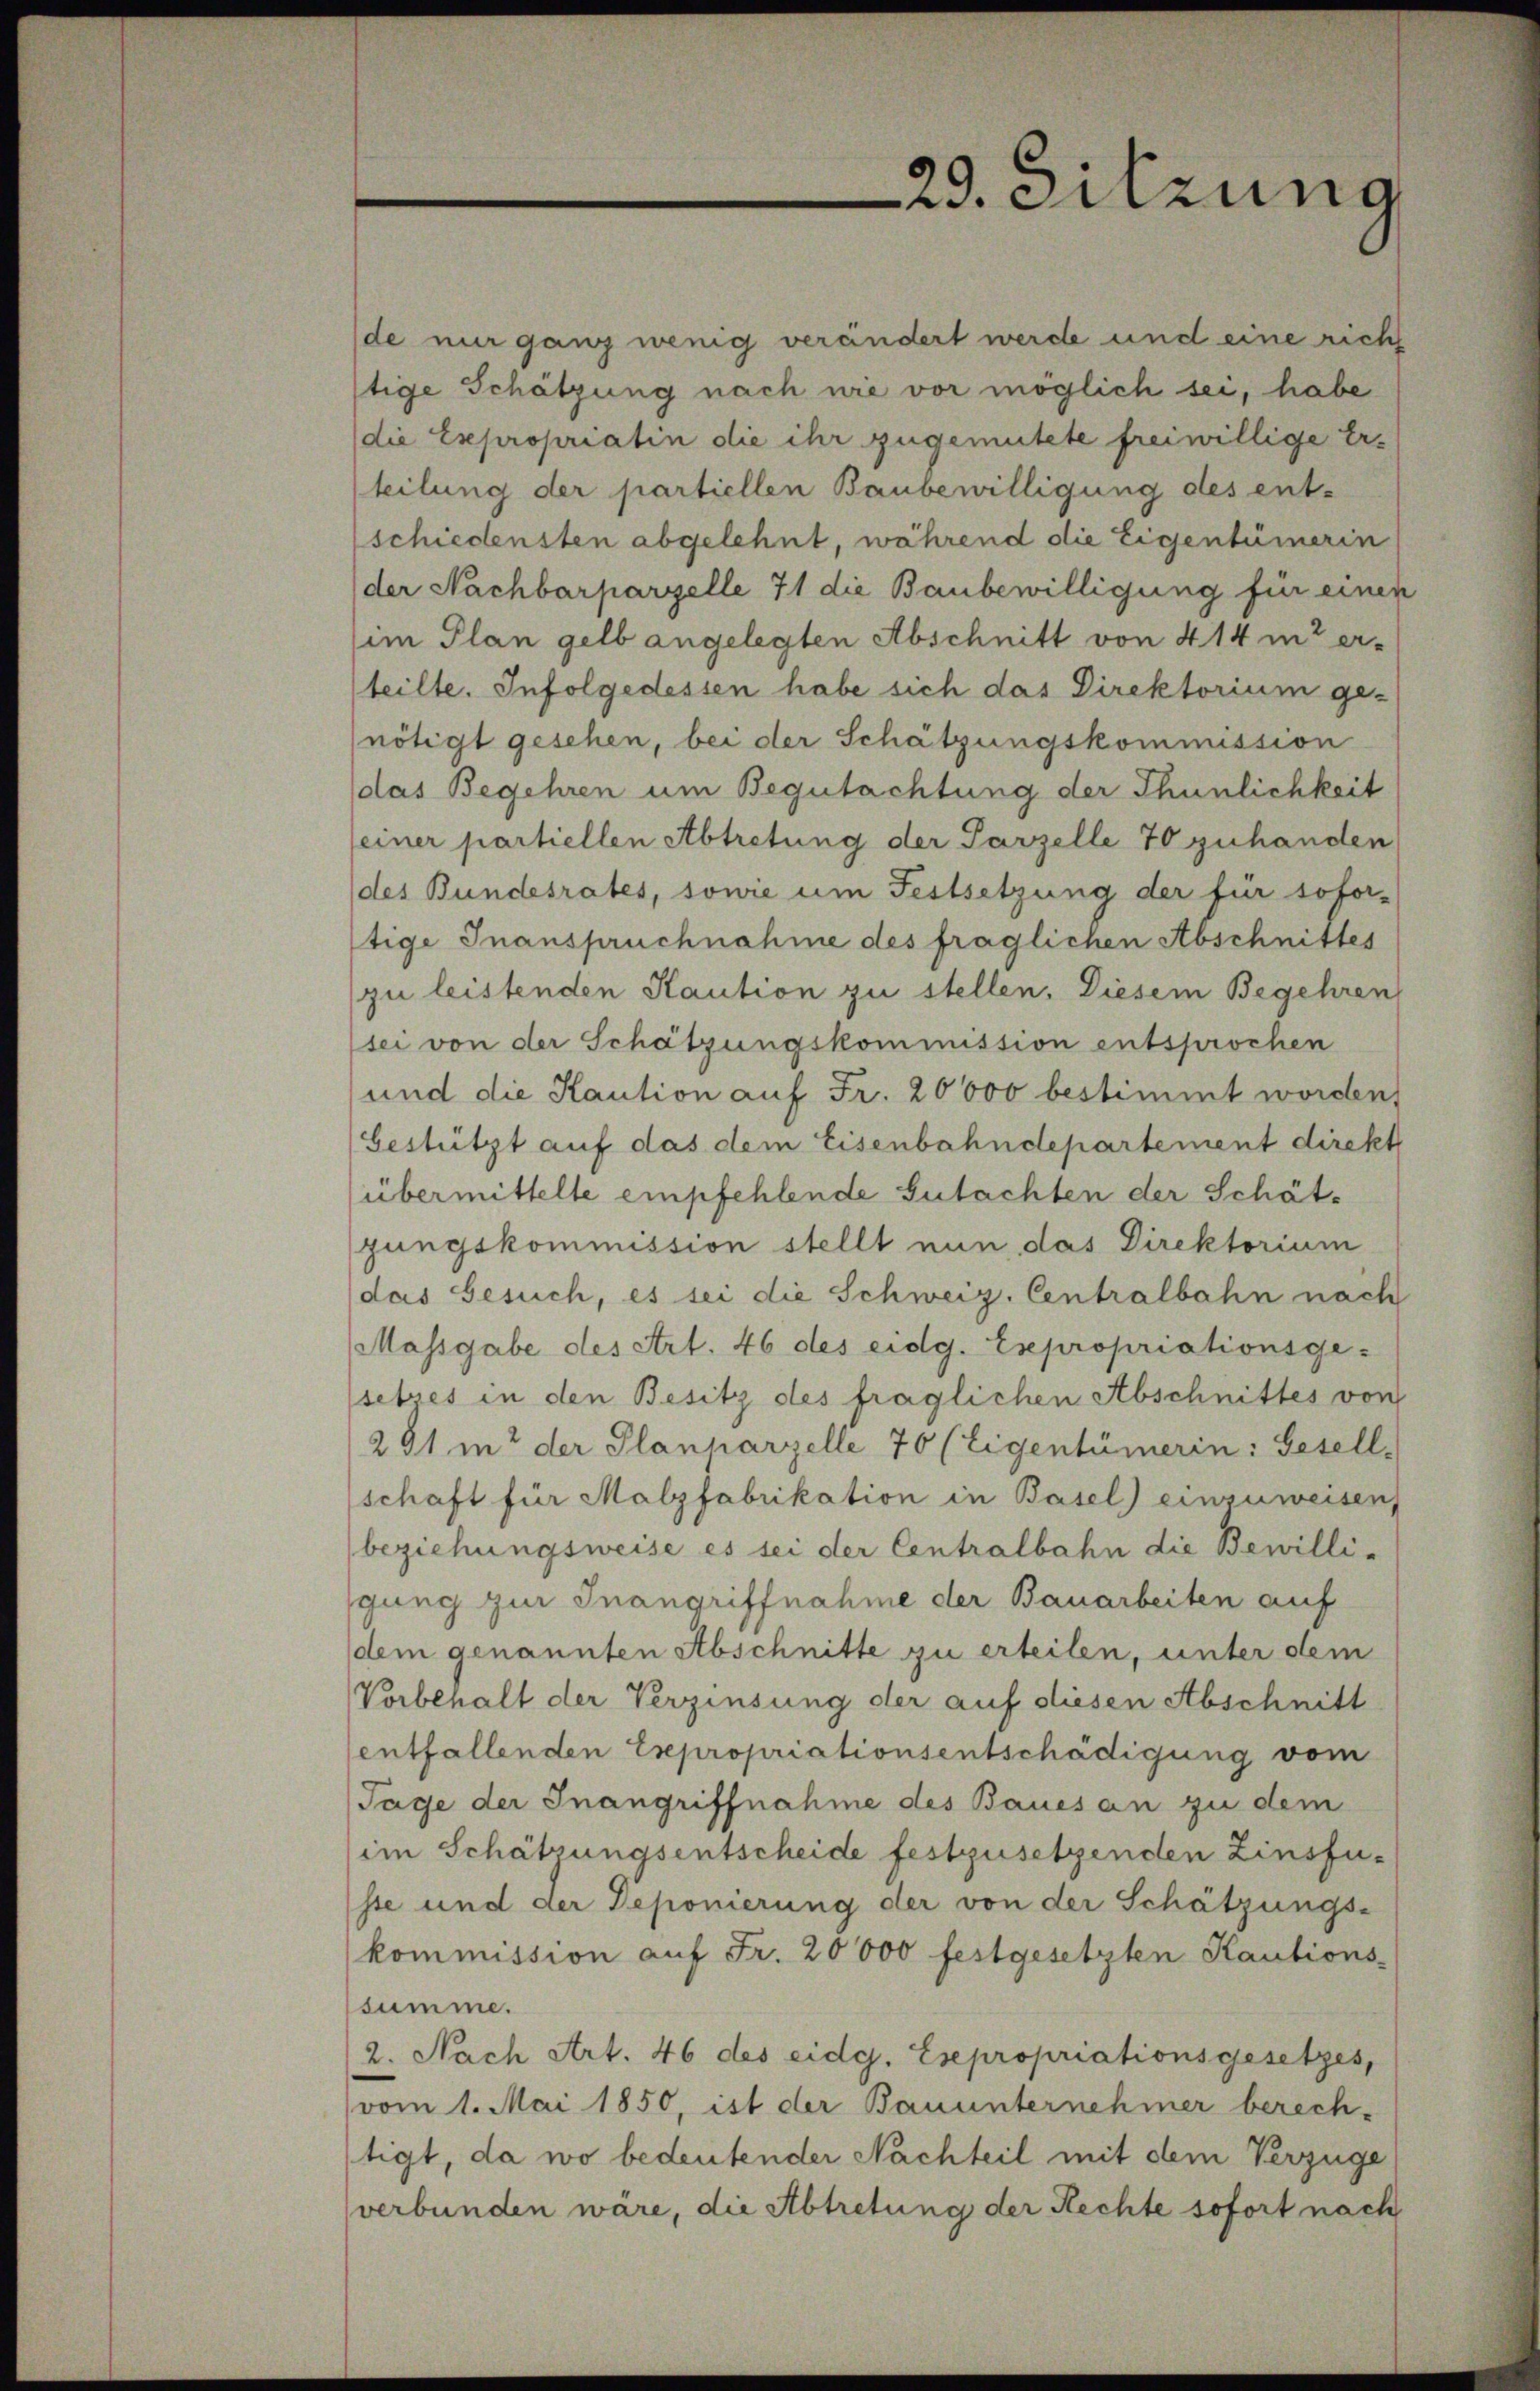
de nur ganz wenig verändert werde und eine richt
tige Schätzung nach nie vor möglich sei, habe
(die Expropriatin die ihr zugemutete freiwillige Erteilung der partiellen Baubewilligung des ent-
schiedensten abgelehnt, während die Eigentümerin
der Nachbarparzelle 71 die Baubewilligung für einen
im Plan gelb angelegten Abschnitt von 414 in er-
teilte. Infolgedessen habe sich das Direktorium ge-
nötigt gesehen, bei der Schätzungskommission
das Begehren um Begutachtung der Thunlichkeit
seiner partiellen Abtretung der Parzelle 70 zuhanden
des Bundesrates, sowie um Festsetzung der für sofor-
tige Inanspruchnahme des fraglichen Abschnittes
zu leistenden Kaution zu stellen. Diesem Begehren
sei von der Schätzungskommission entsprochen
und die Kaution auf Fr. 20000 bestimmt worden,
(bestützt auf das dem Eisenbahndepartement direkt
übermittelte empfehlende Gutachten der Schätgungskommission stellt nun das Direktorium
das Gesuch, es sei die Schweiz. Centralbahn nach
Massgabe des Art. 46 des eidg. Expropriationsge-
setzes in den Besitz des fraglichen Abschnittes von
281 in der Planparzelle 70 (Eigentümerin: Gesell-
schaft für Malzfabrikation in Basel) einzuweisen,
beziehungsweise es sei der Centralbahn die Bewilli-
gung zur Inangriffnahme der Bauarbeiten auf
dem genannten Abschnitte zu erteilen, unter dem
Vorbehalt der Verzinsung der auf diesen Abschnitt
entfallenden Expropriationsentschädigung vom
Tage der Inangriffnahme des Baues an zu dem
(im Schätzungsentscheide festzusetzenden Zinsfuste und der Deponierung der von der Schätzungs-
kommission aŭf Fr. 20000 festgesetzten Kautions-
summe.
2. Nach Art. 46 des eidg. Esepropriationsgesetzes,
vom 1. Mai 1850, ist der Bauunternehmer berech-
tigt, da wo bedeutender Nachteil mit dem Verzüge
verbunden wäre, die Abtretung der Rechte sofort nach

29. Sitzung